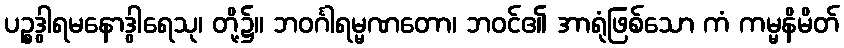
ပဉ္စဒွါရမနောဒွါရေသု၊ တို့၌။ ဘဝင်္ဂါရမ္မဏတော၊ ဘဝင်၏ အာရုံဖြစ်သော ကံ ကမ္မနိမိတ်